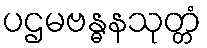
ပဌမဗန္ဓနသုတ္တံ